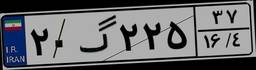
۲۰گ۲۲۵۳۷